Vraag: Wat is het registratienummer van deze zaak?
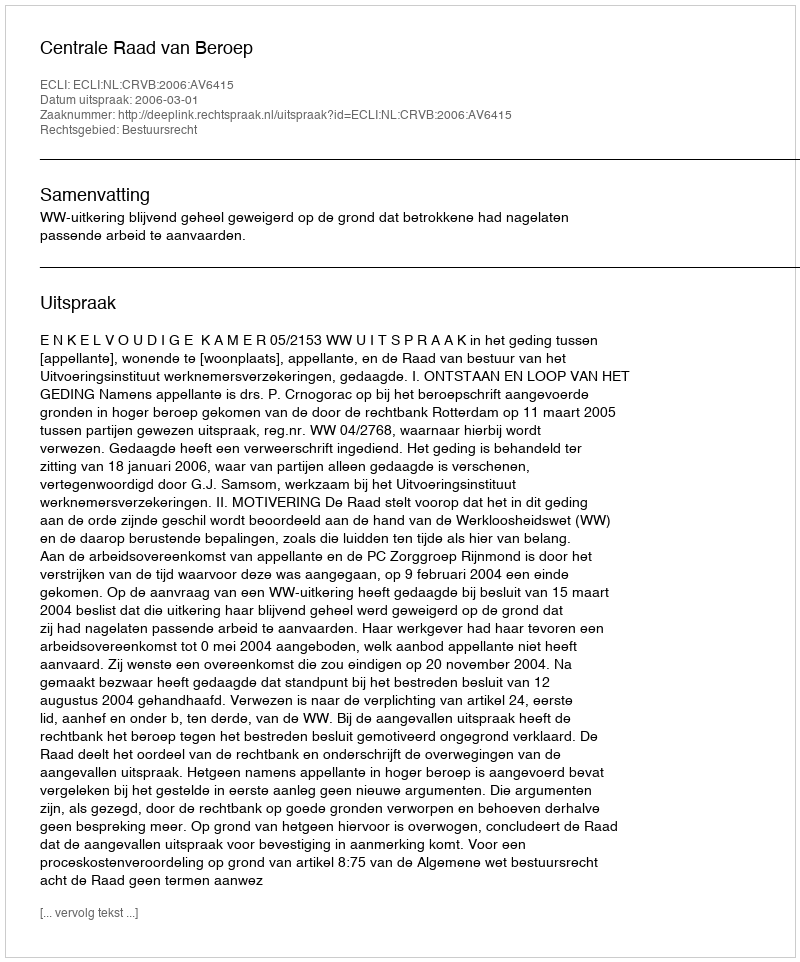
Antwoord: http://deeplink.rechtspraak.nl/uitspraak?id=ECLI:NL:CRVB:2006:AV6415